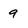
Character: 9